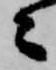
々